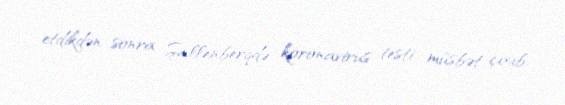
etdikdən sonra Şallenberqdə koronavirus testi müsbət çıxıb.